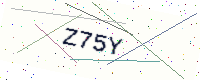
Text: Z75Y